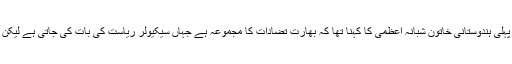
گاندھی انٹرنیشنل ایوارڈ یافتہ پہلی ہندوستانی خاتون شبانہ اعظمی کا کہنا تھا کہ بھارت تضادات کا مجموعہ ہے جہاں سیکیولر ریاست کی بات کی جاتی ہے لیکن اس پر عمل دکھائی نہیں دیتا۔